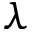
\lambda